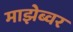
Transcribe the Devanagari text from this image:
माझेब्वर